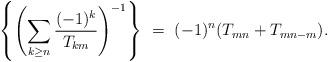
LaTeX: \begin{align*}\left\{\left(\sum_{k\geq n}\frac{(-1)^{k}}{T_{km}}\right)^{-1}\right\} \ =\ (-1)^n(T_{mn} + T_{mn-m}).\end{align*}